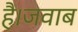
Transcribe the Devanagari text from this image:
है।जवाब